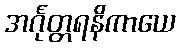
အင်္ဂုတ္တရနိကာယေ